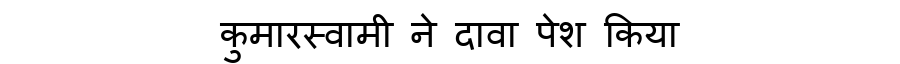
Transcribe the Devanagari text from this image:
कुमारस्वामी ने दावा पेश किया